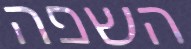
השפה